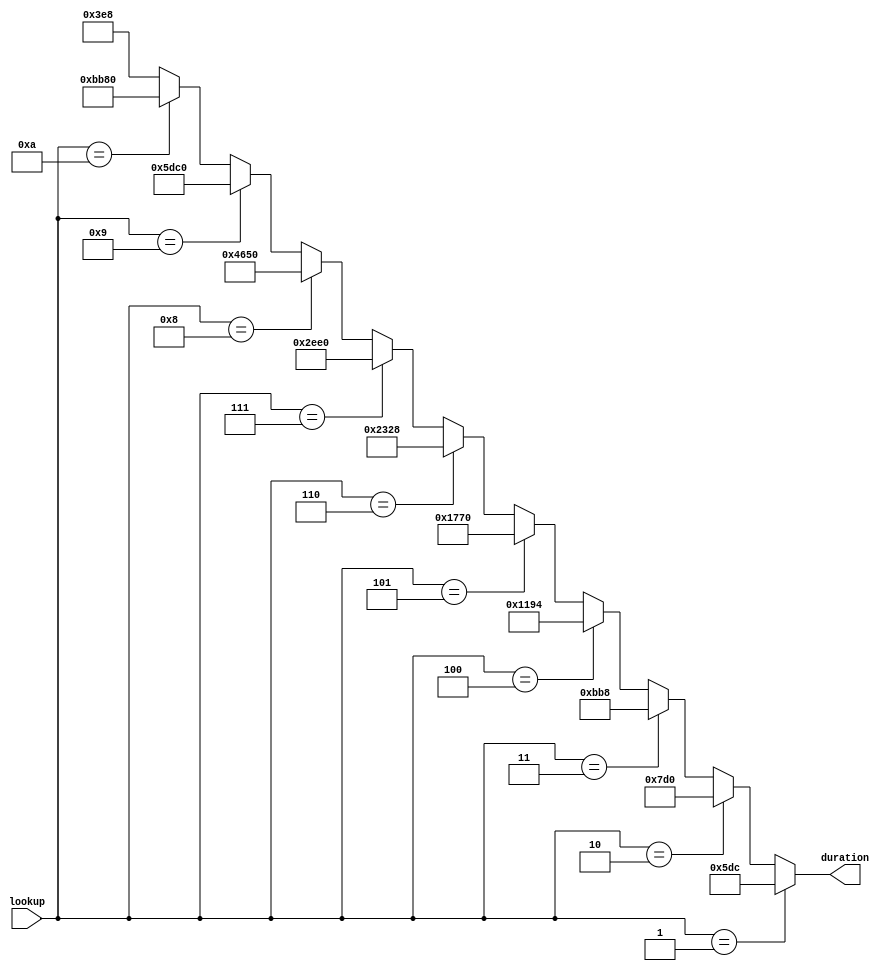
module  duration_lut (input [3:0] lookup, output [15:0] duration);
	// NOTE: Slowest frequency from prescaler is 100Hz, which corresponds to 1 BPM
	// 1 BPM is actually 1/60 Hz, so to accurately time a note requires 6,000 cycles of the prescaler
	// NOTE: A BPM command will be accompanied by an UNDEF lookup, so it should last 0.18 beats
	// before accessing the first note.
	parameter
		BREVE     			= 16'd48000,		// 8    beats
		SEMIBREVE			= 16'd24000,		// 4 	  beats
		DOTTED_MINIM		= 16'd18000,		// 3 	  beats
		MINIM					= 16'd12000,		// 2 	  beats
		DOTTED_CROTCHET	= 16'd9000,			// 1.5  beats
		CROTCHET 			= 16'd6000,			// 1    beat
		DOTTED_QUAVER 		= 16'd4500,			// 0.75 beats
		QUAVER  				= 16'd3000,			// 0.5  beats
		TUPLET				= 16'd2000,			// 0.33 beats
		SEMIQUAVER			= 16'd1500,			// 0.25 beats
		UNDEF					= 16'd1000;			// 0.18 beats
		
	assign duration = (lookup == 4'd1)  ? SEMIQUAVER 	   :
						   (lookup == 4'd2)  ? TUPLET			   :
							(lookup == 4'd3)  ? QUAVER			   :
							(lookup == 4'd4)  ? DOTTED_QUAVER   :
							(lookup == 4'd5)  ? CROTCHET		   :
							(lookup == 4'd6)  ? DOTTED_CROTCHET :
							(lookup == 4'd7)  ? MINIM			   :
							(lookup == 4'd8)  ? DOTTED_MINIM	   :
							(lookup == 4'd9)  ? SEMIBREVE		   :
							(lookup == 4'd10) ? BREVE			   :
							/* lookup undef*/   UNDEF			   ;
		
endmodule